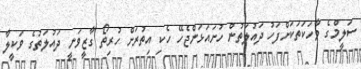
ސަލީމްގެ ވާހަކަތަކަށްފަހު ދައުލަތުން ހުށައަޅަންޖެހޭ ހެކި އިތުރަށް ހުރިތޯ ގާޒީވަނީ ދައުލަތުގެ ވަކީލާ